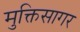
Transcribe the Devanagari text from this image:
मुक्तिसागर